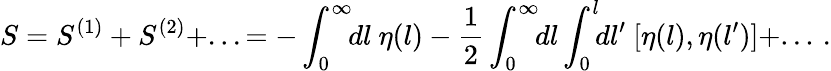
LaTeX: S=S^{(1)}+S^{(2)}+...=-\int_{0}^{\infty}\! \! dl\ \eta(l)-\frac{1}{2}\int_{0}^{\infty}\! \! dl\int_{0}^{l}\! \! dl^{\prime}\ [\eta(l),\eta(l^{\prime})]+...\, .